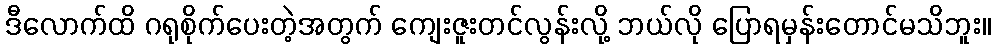
ဒီလောက်ထိ ဂရုစိုက်ပေးတဲ့အတွက် ကျေးဇူးတင်လွန်းလို့ ဘယ်လို ပြောရမှန်းတောင်မသိဘူး။